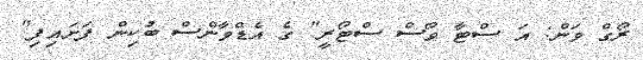
ރޯގް ވަން: އަ ސްޓާ ވޯސް ސްޓޯރީ" ގެ އެޑްވާންސް ބުކިން ފަށައިފި"